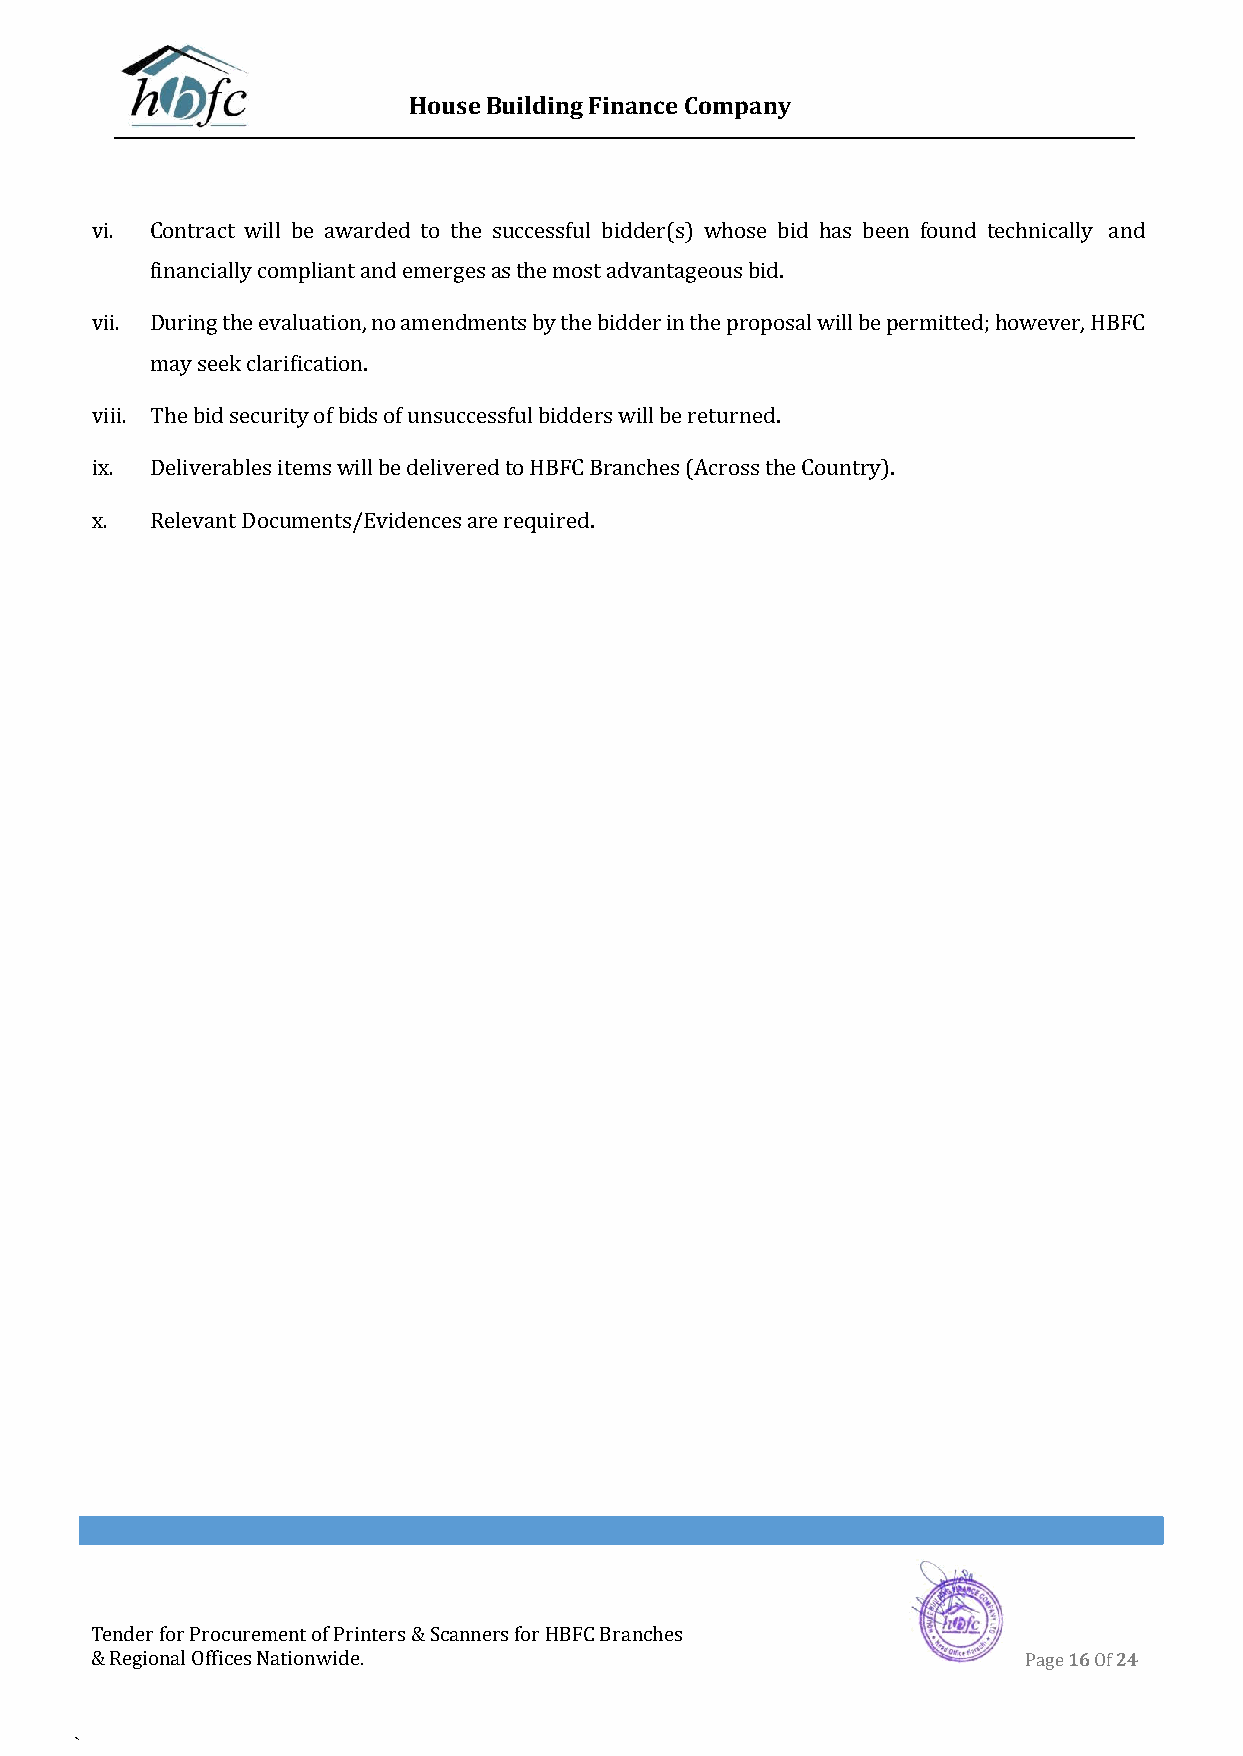
House Building Finance Company
 vi. Contract will be awarded to the successful bidder(s) whose bid has been found technically and
 financially compliant and emerges as the most advantageous bid.
 vii. During the evaluation, no amendments by the bidder in the proposal will be permitted; however, HBFC
 may seek clarification.
 viii. The bid security of bids of unsuccessful bidders will be returned.
 ix. Deliverables items will be delivered to HBFC Branches (Across the Country).
 x.  Relevant Documents/Evidences are required.
 Tender for Procurement of Printers & Scanners for HBFC Branches
 & Regional Offices Nationwide.                                Page 16 Of 24
 `